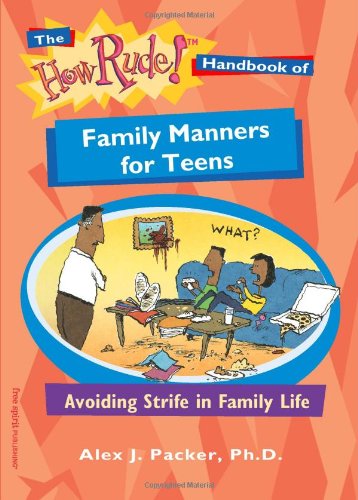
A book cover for The How Rude! Handbook of Family Manners for Teens: Avoiding Strife in Family Life (How Rude Handbooks for Teens); Alex J. Packer; Teen & Young Adult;